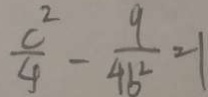
\frac { c ^ { 2 } } { 4 } - \frac { 9 } { 4 b ^ { 2 } } = 1